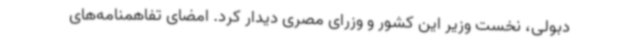
دبولی، نخست وزیر این کشور و وزرای مصری دیدار کرد. امضای تفاهمنامه‌های